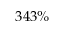
3 4 3 \%